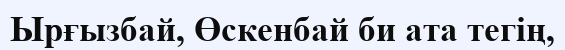
Ырғызбай, Өскенбай би ата тегің,